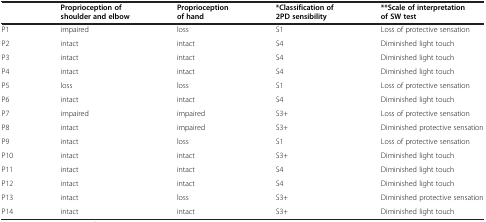
<table><thead><tr><td><b> </b></td><td><b>Proprioception of shoulder and elbow</b></td><td><b>Proprioception of hand</b></td><td><b>*Classification of 2PD sensibility</b></td><td><b>**Scale of interpretation of SW test</b></td></tr></thead><tbody><tr><td>P1</td><td>impaired</td><td>loss</td><td>S1</td><td>Loss of protective sensation</td></tr><tr><td>P2</td><td>intact</td><td>intact</td><td>S4</td><td>Diminished light touch</td></tr><tr><td>P3</td><td>intact</td><td>intact</td><td>S4</td><td>Diminished light touch</td></tr><tr><td>P4</td><td>intact</td><td>intact</td><td>S4</td><td>Diminished light touch</td></tr><tr><td>P5</td><td>loss</td><td>loss</td><td>S1</td><td>Loss of protective sensation</td></tr><tr><td>P6</td><td>intact</td><td>intact</td><td>S4</td><td>Diminished light touch</td></tr><tr><td>P7</td><td>impaired</td><td>impaired</td><td>S3+</td><td>Loss of protective sensation</td></tr><tr><td>P8</td><td>intact</td><td>impaired</td><td>S3+</td><td>Diminished protective sensation</td></tr><tr><td>P9</td><td>intact</td><td>loss</td><td>S1</td><td>Loss of protective sensation</td></tr><tr><td>P10</td><td>intact</td><td>intact</td><td>S3+</td><td>Diminished light touch</td></tr><tr><td>P11</td><td>intact</td><td>intact</td><td>S4</td><td>Diminished light touch</td></tr><tr><td>P12</td><td>intact</td><td>intact</td><td>S4</td><td>Diminished light touch</td></tr><tr><td>P13</td><td>intact</td><td>loss</td><td>S3+</td><td>Diminished protective sensation</td></tr><tr><td>P14</td><td>intact</td><td>intact</td><td>S3+</td><td>Diminished light touch</td></tr></tbody></table>